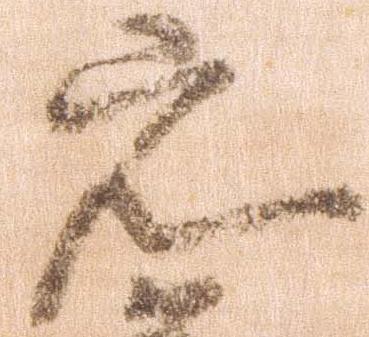
元